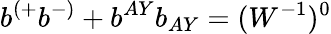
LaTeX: b^{(+}b^{-)}+b^{AY}b_{AY}=(W^{-1})^{0}